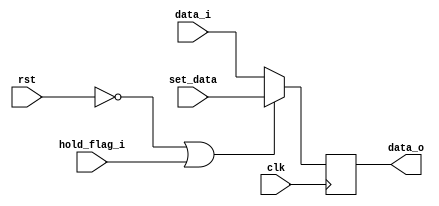
module dff_set #(
	parameter DW  = 32
)
(
	input wire clk,
	input wire rst,
	input wire hold_flag_i,
	input wire [DW-1:0]  set_data, 
	input wire [DW-1:0]  data_i, 
	output reg [DW-1:0]  data_o	
);
	always @(posedge clk)begin
		if(rst == 1'b0 || hold_flag_i == 1'b1)
			data_o <= set_data;
		else
			data_o <= data_i;
	end	

endmodule